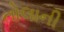
તોલાની